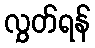
လွှတ်ရန်